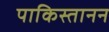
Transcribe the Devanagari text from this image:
पाकिस्तानन